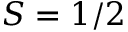
S = 1 / 2